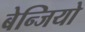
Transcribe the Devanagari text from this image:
बेन्जियो